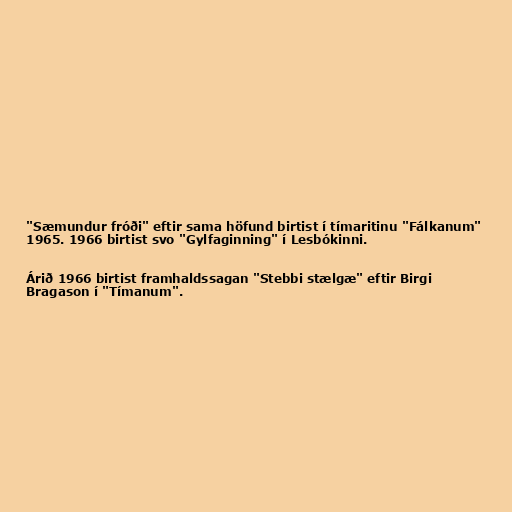
"Sæmundur fróði" eftir sama höfund birtist í tímaritinu "Fálkanum"
1965. 1966 birtist svo "Gylfaginning" í Lesbókinni.

Árið 1966 birtist framhaldssagan "Stebbi stælgæ" eftir Birgi
Bragason í "Tímanum".